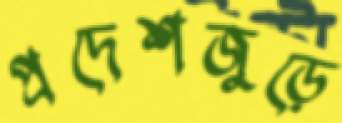
প্রদেশজুড়ে